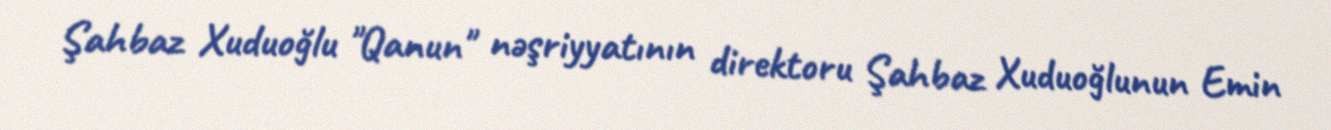
Şahbaz Xuduoğlu "Qanun" nəşriyyatının direktoru Şahbaz Xuduoğlunun Emin